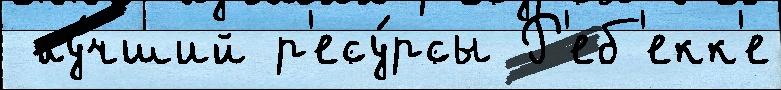
 лу́чший р'есу́рсы Р'еб'екк'е